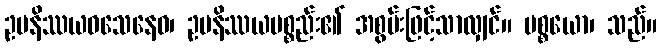
ဥပနိဿယဝသေနေဝ၊ ဥပနိဿယပစ္စည်း၏ အစွမ်းဖြင့်သာလျှင်။ ပစ္စယော၊ သည်။